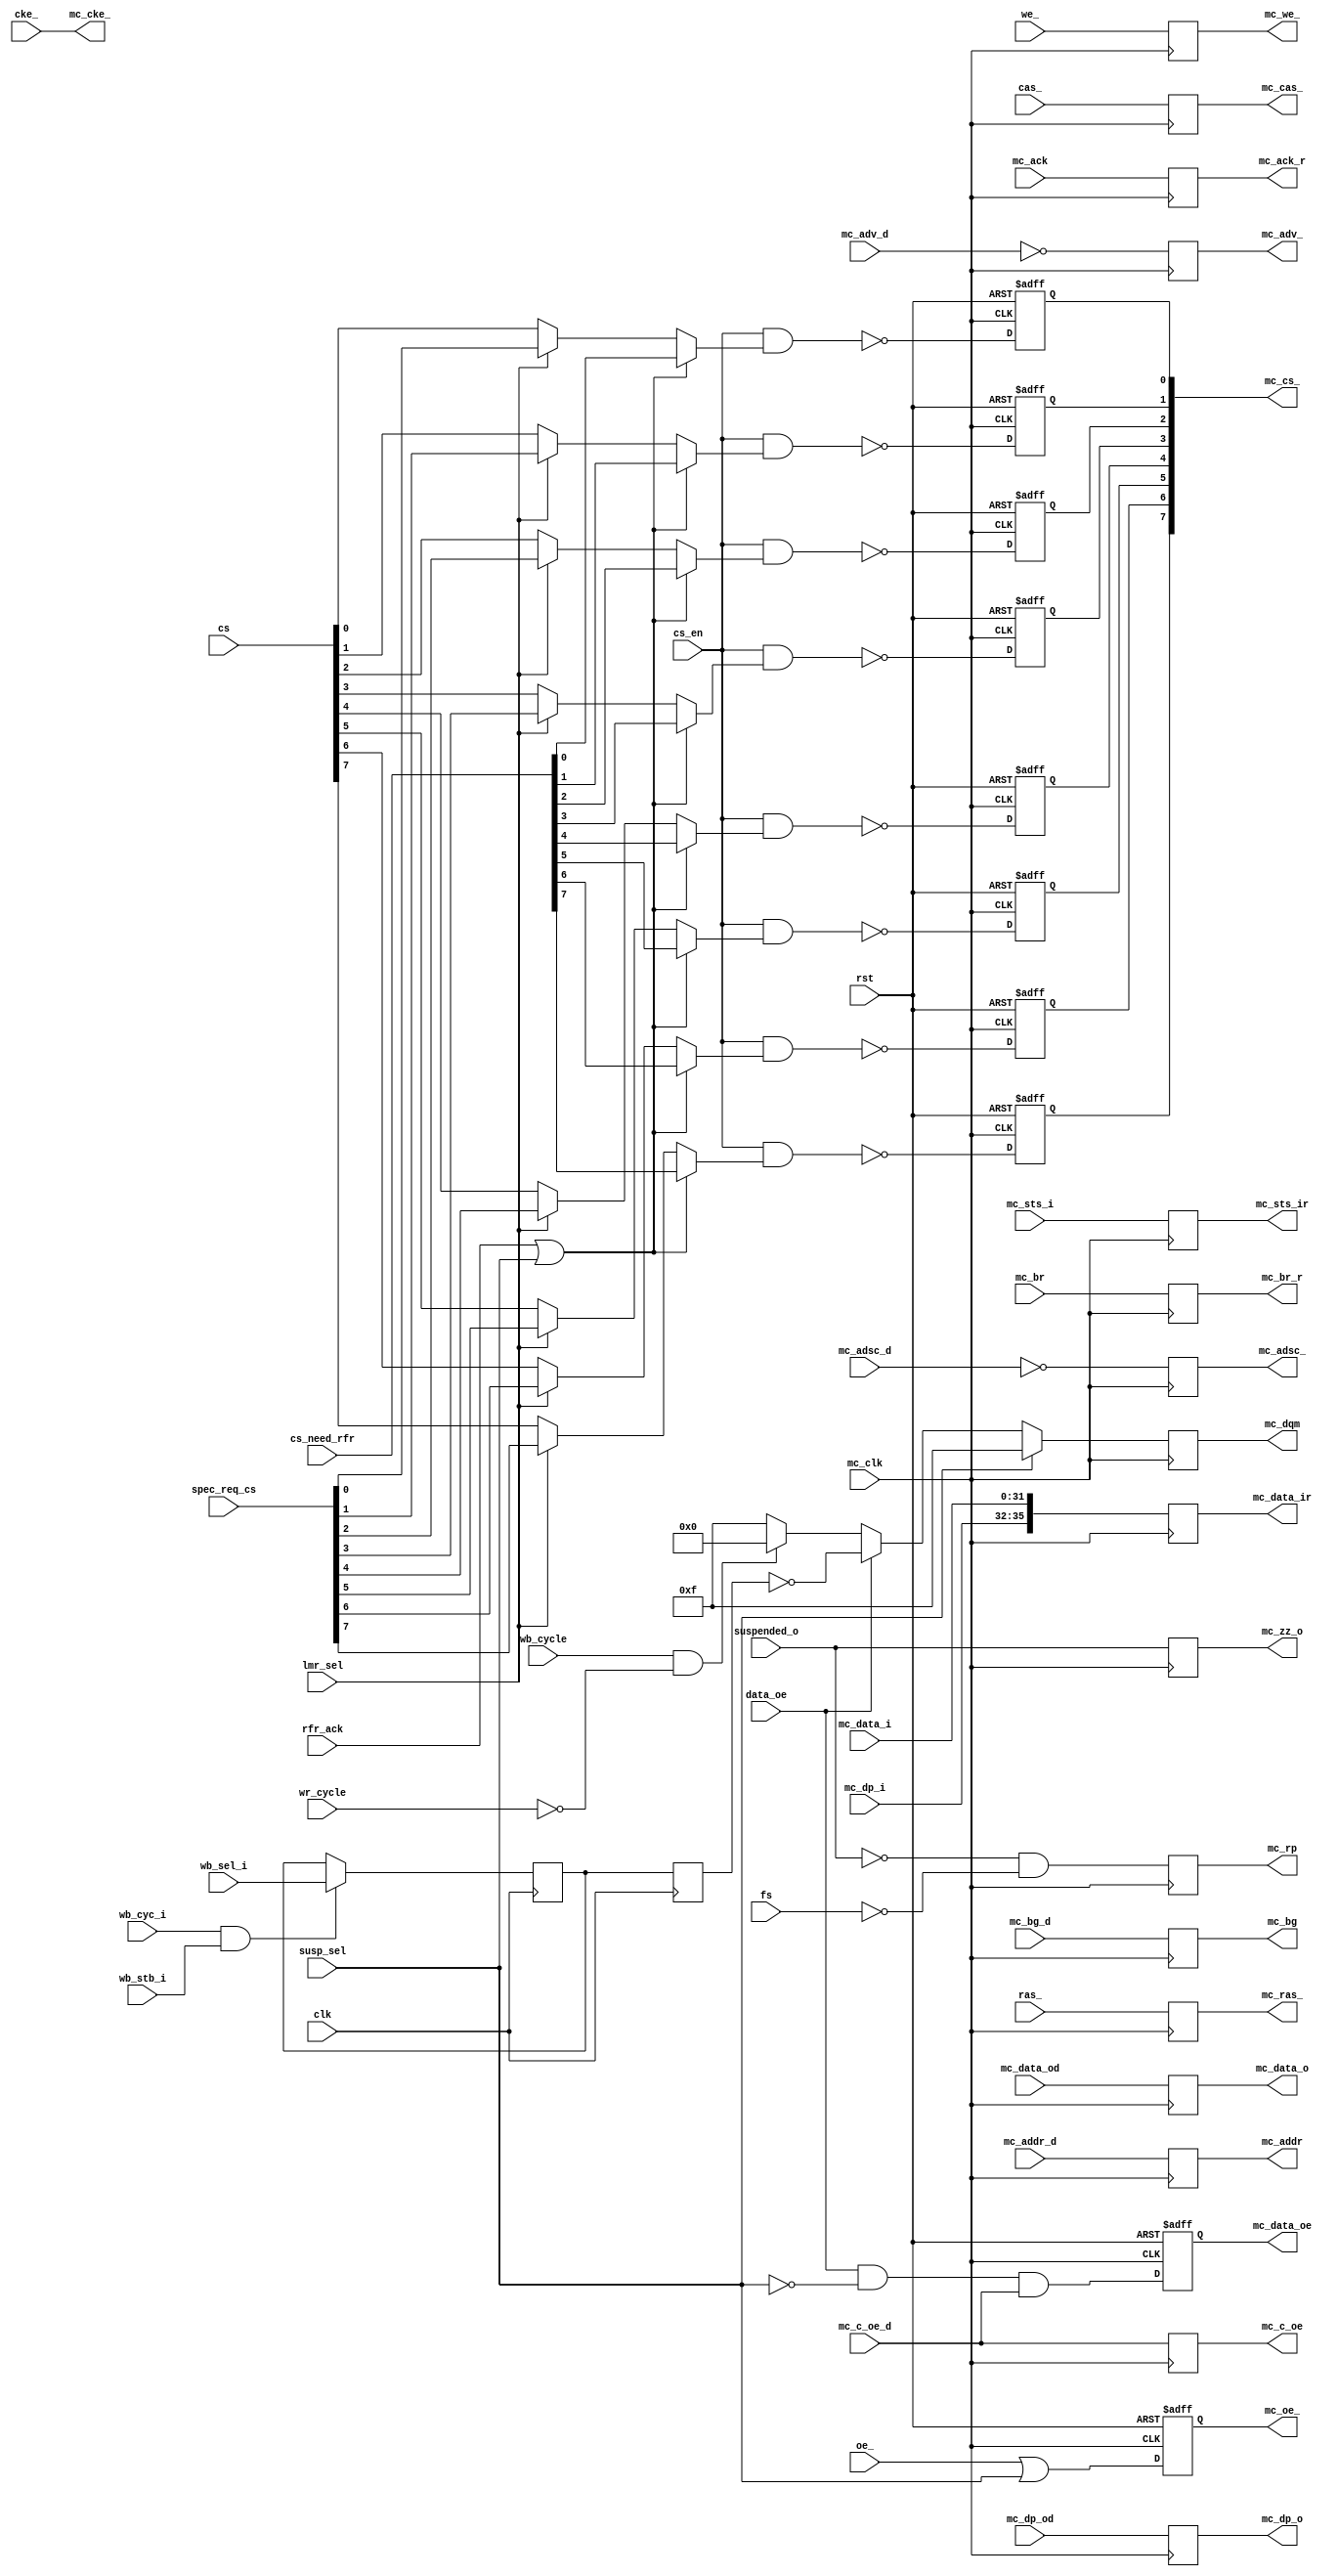
module mc_mem_if(clk, rst, mc_clk, mc_br, mc_bg, 
		mc_addr, mc_data_o, mc_dp_o, mc_data_oe,
		mc_dqm, mc_oe_, mc_we_, mc_cas_, mc_ras_, mc_cke_, mc_cs_,
		mc_adsc_, mc_adv_, mc_ack, mc_rp, mc_c_oe, mc_c_oe_d,
		mc_br_r, mc_bg_d, mc_data_od, mc_dp_od, mc_addr_d, mc_ack_r,
		we_, ras_, cas_, cke_, mc_adsc_d, mc_adv_d, cs_en, rfr_ack,
		cs_need_rfr, lmr_sel, spec_req_cs, cs, fs, data_oe, susp_sel,
		suspended_o, oe_, wb_cyc_i, wb_stb_i, wb_sel_i, wb_cycle,
		wr_cycle, mc_data_ir, mc_data_i, mc_dp_i, mc_sts_ir, mc_sts_i,
		mc_zz_o
		);
// Memory Interface
input		clk;
input		rst;
input		mc_clk;
input		mc_br;
output		mc_bg;
output	[23:0]	mc_addr;
output	[31:0]	mc_data_o;
output	[3:0]	mc_dp_o;
output		mc_data_oe;
output	[3:0]	mc_dqm;
output		mc_oe_;
output		mc_we_;
output		mc_cas_;
output		mc_ras_;
output		mc_cke_;
output	[7:0]	mc_cs_;
output		mc_adsc_;
output		mc_adv_;
input		mc_ack;
output		mc_rp;
output		mc_c_oe;
output	[35:0]	mc_data_ir;
output		mc_sts_ir;
output		mc_zz_o;

// Internal Interface
output		mc_br_r;
input		mc_bg_d;
input		data_oe;
input		susp_sel;
input		suspended_o;
input	[31:0]	mc_data_od;
input	[3:0]	mc_dp_od;
input	[23:0]	mc_addr_d;
output		mc_ack_r;
input		wb_cyc_i;
input		wb_stb_i;
input	[3:0]	wb_sel_i;
input		wb_cycle;
input		wr_cycle;
input		oe_ ;
input		we_;
input		ras_;
input		cas_;
input		cke_;
input		cs_en;
input		rfr_ack;
input	[7:0]	cs_need_rfr;
input		lmr_sel;
input	[7:0]	spec_req_cs;
input	[7:0]	cs;
input		fs;
input		mc_adsc_d;
input		mc_adv_d;
input		mc_c_oe_d;
input	[31:0]	mc_data_i;
input	[3:0]	mc_dp_i;
input		mc_sts_i;

////////////////////////////////////////////////////////////////////
//
// Local Wires
//

reg		mc_data_oe;
reg	[31:0]	mc_data_o;
reg	[3:0]	mc_dp_o;
reg	[3:0]	mc_dqm;
reg	[3:0]	mc_dqm_r;
reg	[23:0]	mc_addr;
reg		mc_oe_;
reg		mc_we_;
reg		mc_cas_;
reg		mc_ras_;
wire		mc_cke_;
reg	[7:0]	mc_cs_;
reg		mc_bg;
reg		mc_adsc_;
reg		mc_adv_;
reg		mc_br_r;
reg		mc_ack_r;
reg		mc_rp;
reg		mc_c_oe;
reg		mc_zz_o;

reg	[35:0]	mc_data_ir;
reg		mc_sts_ir;

////////////////////////////////////////////////////////////////////
//
// Misc Logic
//

always @(posedge mc_clk)
	mc_zz_o <= #1 suspended_o;	

always @(posedge mc_clk)
	mc_sts_ir <= #1 mc_sts_i;

always @(posedge mc_clk)
	mc_data_ir <= #1 {mc_dp_i, mc_data_i};

always @(posedge mc_clk)
	mc_c_oe <= #1 mc_c_oe_d;

always @(posedge mc_clk)
	mc_rp <= #1 !suspended_o & !fs;

always @(posedge mc_clk)
	mc_br_r <= #1 mc_br;

always @(posedge mc_clk)
	mc_ack_r <= #1 mc_ack;

always @(posedge mc_clk)
	mc_bg <= #1 mc_bg_d;

always @(posedge mc_clk or posedge rst)
	if(rst)		mc_data_oe <= #1 1'b0;
	else		mc_data_oe <= #1 data_oe & !susp_sel & mc_c_oe_d;

always @(posedge mc_clk)
	mc_data_o <= #1 mc_data_od;

always @(posedge mc_clk)
	mc_dp_o <= #1 mc_dp_od;

always @(posedge mc_clk)
	mc_addr <= #1 mc_addr_d;

always @(posedge clk)
	if(wb_cyc_i & wb_stb_i)
		mc_dqm_r <= #1 wb_sel_i;

reg	[3:0]	mc_dqm_r2;
always @(posedge clk)
		mc_dqm_r2 <= #1 mc_dqm_r;

always @(posedge mc_clk)
	mc_dqm <= #1	susp_sel ? 4'hf :
			data_oe ? ~mc_dqm_r2 :
			(wb_cycle & !wr_cycle) ? 4'h0 : 4'hf;

always @(posedge mc_clk or posedge rst)
	if(rst)		mc_oe_ <= #1 1'b1;
	else		mc_oe_ <= #1 oe_ | susp_sel;

always @(posedge mc_clk)
	mc_we_ <= #1 we_;

always @(posedge mc_clk)
	mc_cas_ <= #1 cas_;

always @(posedge mc_clk)
	mc_ras_ <= #1 ras_;

assign	mc_cke_ = cke_;

always @(posedge mc_clk or posedge rst)
	if(rst)		mc_cs_[0] <= #1 1'b1;
	else
	mc_cs_[0] <= #1 ~(cs_en & (
				(rfr_ack | susp_sel) ? cs_need_rfr[0] :
				lmr_sel ? spec_req_cs[0] :
				cs[0]
			));

always @(posedge mc_clk or posedge rst)
	if(rst)		mc_cs_[1] <= #1 1'b1;
	else
	   mc_cs_[1] <= #1 ~(cs_en & (
				(rfr_ack | susp_sel) ? cs_need_rfr[1] :
				lmr_sel ? spec_req_cs[1] :
				cs[1]
			));

always @(posedge mc_clk or posedge rst)
	if(rst)		mc_cs_[2] <= #1 1'b1;
	else
	   mc_cs_[2] <= #1 ~(cs_en & (
				(rfr_ack | susp_sel) ? cs_need_rfr[2] :
				lmr_sel ? spec_req_cs[2] :
				cs[2]
			));

always @(posedge mc_clk or posedge rst)
	if(rst)		mc_cs_[3] <= #1 1'b1;
	else
	   mc_cs_[3] <= #1 ~(cs_en & (
				(rfr_ack | susp_sel) ? cs_need_rfr[3] :
				lmr_sel ? spec_req_cs[3] :
				cs[3]
			));

always @(posedge mc_clk or posedge rst)
	if(rst)		mc_cs_[4] <= #1 1'b1;
	else
	   mc_cs_[4] <= #1 ~(cs_en & (
				(rfr_ack | susp_sel) ? cs_need_rfr[4] :
				lmr_sel ? spec_req_cs[4] :
				cs[4]
			));

always @(posedge mc_clk or posedge rst)
	if(rst)		mc_cs_[5] <= #1 1'b1;
	else
	   mc_cs_[5] <= #1 ~(cs_en & (
				(rfr_ack | susp_sel) ? cs_need_rfr[5] :
				lmr_sel ? spec_req_cs[5] :
				cs[5]
			));

always @(posedge mc_clk or posedge rst)
	if(rst)		mc_cs_[6] <= #1 1'b1;
	else
	   mc_cs_[6] <= #1 ~(cs_en & (
				(rfr_ack | susp_sel) ? cs_need_rfr[6] :
				lmr_sel ? spec_req_cs[6] :
				cs[6]
			));

always @(posedge mc_clk or posedge rst)
	if(rst)		mc_cs_[7] <= #1 1'b1;
	else
	   mc_cs_[7] <= #1 ~(cs_en & (
				(rfr_ack | susp_sel) ? cs_need_rfr[7] :
				lmr_sel ? spec_req_cs[7] :
				cs[7]
			));

always @(posedge mc_clk)
	mc_adsc_ <= #1 ~mc_adsc_d;

always @(posedge mc_clk)
	mc_adv_  <= #1 ~mc_adv_d;

endmodule